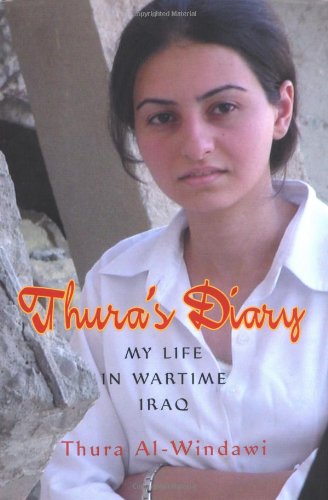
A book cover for Thura's Diary: My Life in Wartime Iraq; Thura al-Windawi; Children's Books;